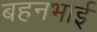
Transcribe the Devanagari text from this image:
बहनभाई